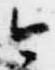
今